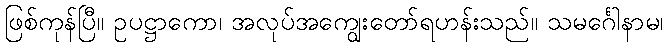
ဖြစ်ကုန်ပြီ။ ဥပဋ္ဌာကော၊ အလုပ်အကျွေးတော်ရဟန်းသည်။ သမင်္ဂေါနာမ၊